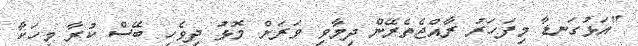
"އަޅުގަނޑާ މިފަހަރު ރާއްޖެތެރޭން ދިމާވި ވަރަށް މޮޅު ދިވެހި ބޭސް ކުރާ މީހަކާ